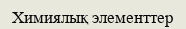
Химиялық элементтер